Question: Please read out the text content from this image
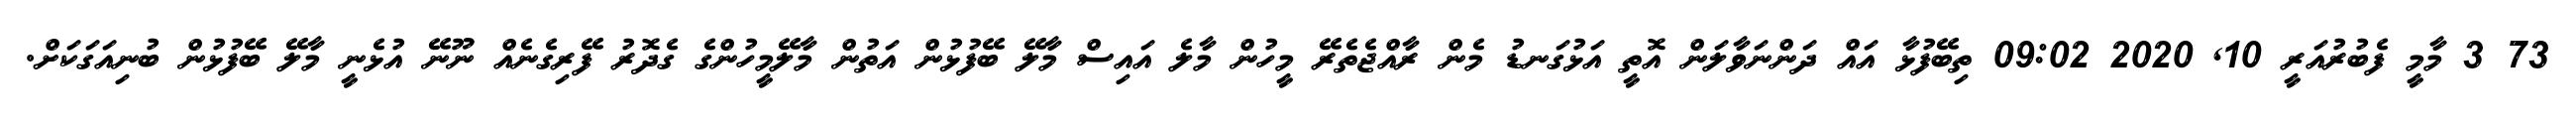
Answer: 73 3 މާމީ ފެބުރުއަރީ 10, 2020 09:02 ތިބޭފުޅާ އައް ދަންނަވާލަން އޮތީ އަޅުގަނޑު މެން ރާއްޖެތެރޭ މީހުން މާލެ އައިސް މާލޭ ބޭފުޅުން އަތުން މާލޭމީހުންގެ ގެދޮރު ފޭރިގެނެއް ނޫނޭ އުޅެނީ މާލޭ ބޭފުޅުން ބުނިއަގަކަށް.